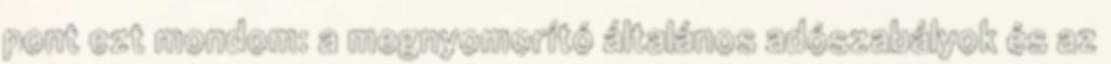
pont ezt mondom: a megnyomorító általános adószabályok és az